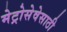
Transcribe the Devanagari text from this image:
मेट्रोसेवेसाठी